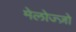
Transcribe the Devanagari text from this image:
मेलोज्ज़ो